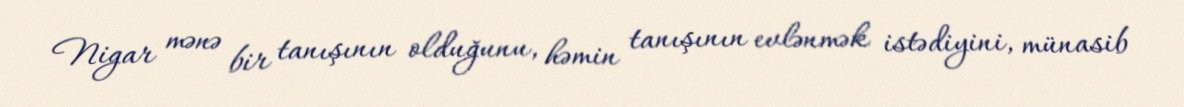
Nigar mənə bir tanışının olduğunu, həmin tanışının evlənmək istədiyini, münasib